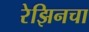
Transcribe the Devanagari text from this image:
रेझिनचा